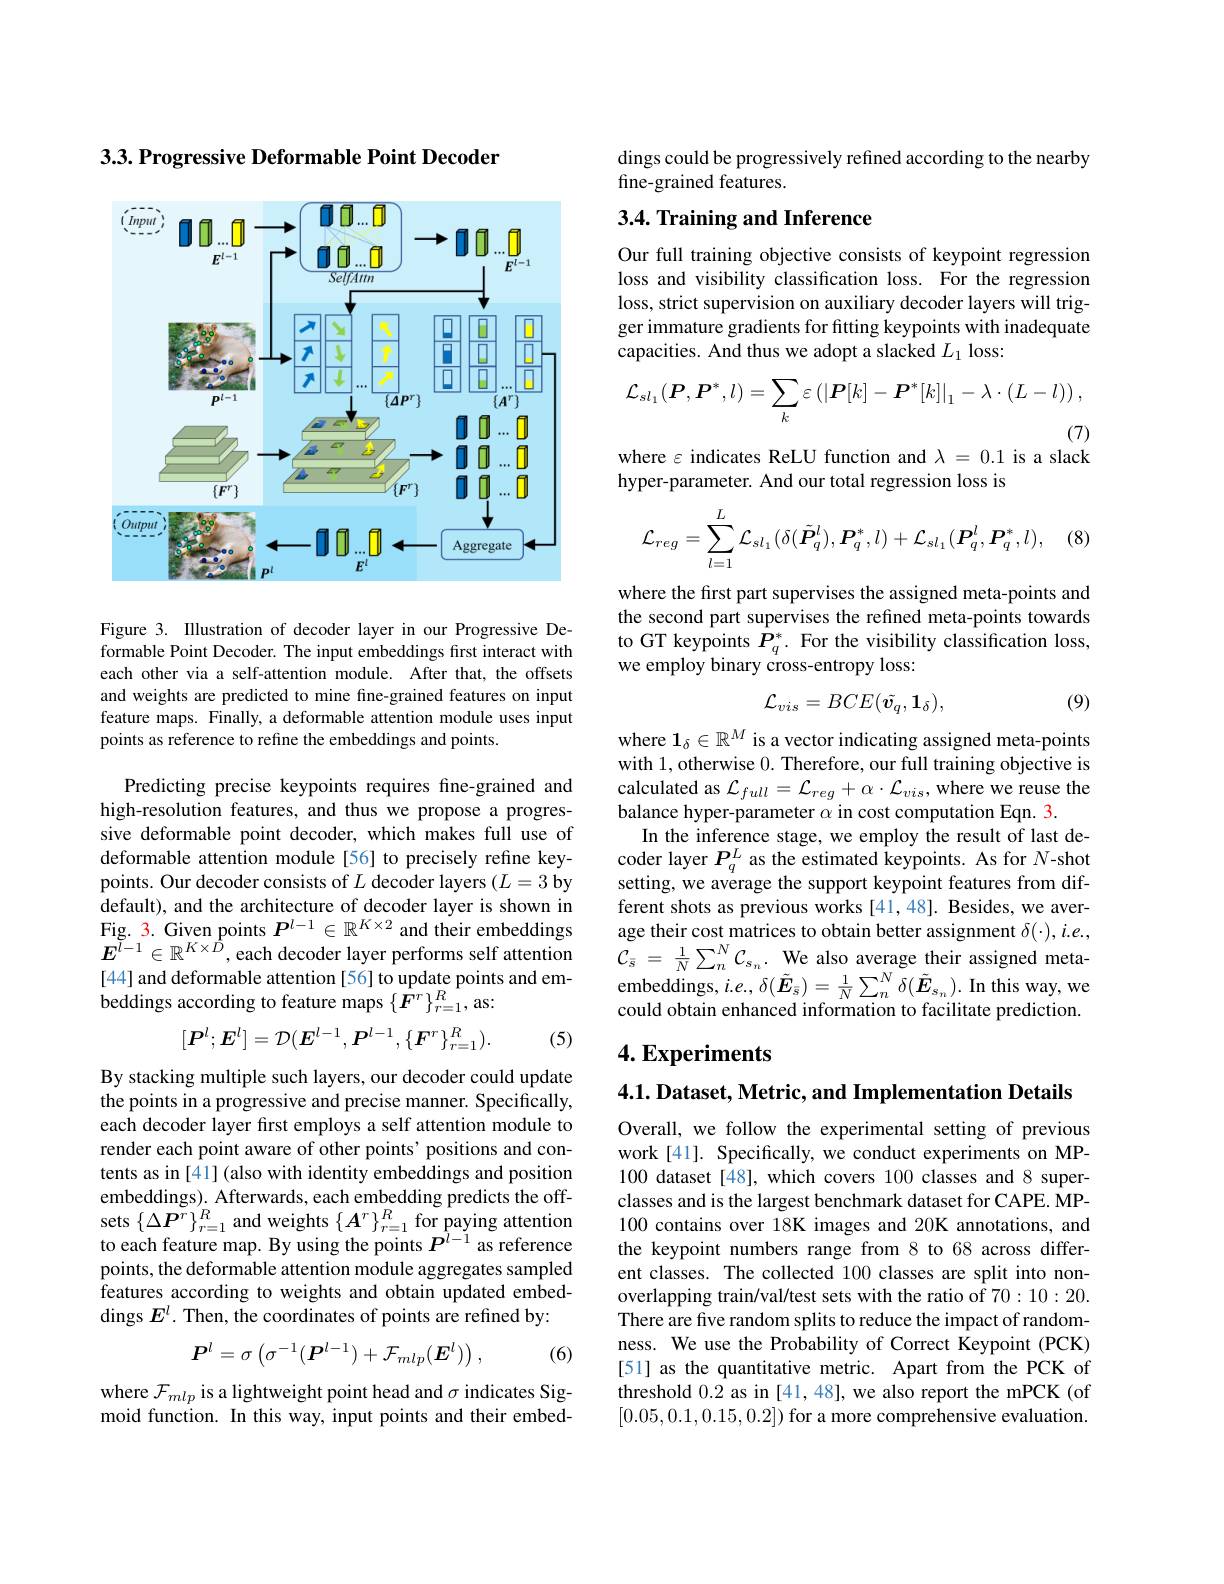
$3. 3. \textbf{Progressive Deformable Point Decoder}$

<FigureHere>

Figure 3. Illustration of decoder layer in our Progressive Deformable Point Decoder. The input embeddings first interact with each other via a self-attention module. After that, the offsets and weights are predicted to mine fine-grained features on input feature maps. Finally, a deformable attention module uses input points as reference to refine the embeddings and points.

Predicting precise keypoints requires fine-grained and high-resolution features, and thus we propose a progressive deformable point decoder, which makes full use of deformable attention module[56] to precisely refine keypoints. Our decoder consists of $L$ decoder layers $(L=3$ by default), and the architecture of decoder layer is shown in Fig. 3. Given points $P^l-1\in\mathbb{R}^{K\times2}$ and their embeddings $\boldsymbol{E}^{\breve{l}-1}\in\mathbb{R}^{K\times\dot{D}}$,each decoder layer performs self attention [44] and deformable attention [56] to update points and embeddings according to feature maps $\{\hat{F}^r\}_{r=1}^R$, as:
$$[\boldsymbol{P}^l;\boldsymbol{E}^l]=\mathcal{D}(\boldsymbol{E}^{l-1},\boldsymbol{P}^{l-1},\{\boldsymbol{F}^r\}_{r=1}^R).$$
(5)

By stacking multiple such layers, our decoder could update the points in a progressive and precise manner. Specifically, each decoder layer first employs a self attention module to render each point aware of other points' positions and contents as in [41] (also with identity embeddings and position embeddings). Afterwards, each embedding predicts the offsets $\{\Delta\boldsymbol{P}^{r}\}_{r=1}^{R}$ and weights $\{\boldsymbol A^{r}\}_{r=1}^{R}$ for paying attention to each feature map. By using the points $P^{\hat{l}-1}$ as reference points, the deformable attention module aggregates sampled features according to weights and obtain updated embeddings $E^l.$ Then, the coordinates of points are refined by:
$$\boldsymbol{P}^l=\sigma\left(\sigma^{-1}(\boldsymbol{P}^{l-1})+\mathcal{F}_{mlp}(\boldsymbol{E}^l)\right),$$
(6)

where $\mathcal{F}_mlp$ is a lightweight point head and $\sigma$ indicates Sigmoid function. In this way, input points and their embed-

dings could be progressively refined according to the nearby
fine-grained features.

## 3.4. Training and Inference

Our full training objective consists of keypoint regression loss and visibility classification loss. For the regression loss, strict supervision on auxiliary decoder layers will trigger immature gradients for fitting keypoints with inadequate capacities. And thus we adopt a slacked $L_1$ loss:
$$\mathcal{L}_{sl_1}(\boldsymbol{P},\boldsymbol{P}^*,l)=\sum_k\varepsilon\left(|\boldsymbol{P}[k]-\boldsymbol{P}^*[k]|_1-\lambda\cdot(L-l)\right),$$
(7)

where $\varepsilon$ indicates ReLU function and $\lambda=0.1$ is a slack
hyper-parameter. And our total regression loss is

(8)
$$\mathcal{L}_{reg}=\sum\limits_{l=1}^{L}\mathcal{L}_{sl_1}(\delta(\tilde{\boldsymbol{P}}_q^l),\boldsymbol{P}_q^*,l)+\mathcal{L}_{sl_1}(\boldsymbol{P}_q^l,\boldsymbol{P}_q^*,l),$$
where the first part supervises the assigned meta-points and the second part supervises the refined meta-points towards to GT keypoints $\hat{P}_{q}^{*}.$ For the visibility classification loss, we employ binary cross-entropy loss:

(9)
$$\mathcal{L}_{vis}=BCE(\tilde{\boldsymbol{v}_{q}},\mathbf{1}_{\delta}),$$
where $\mathbf{1}_\delta\in\mathbb{R}^M$ is a vector indicating assigned meta-points with 1, otherwise 0. Therefore, our full training objective is calculated as $\mathcal{L}_full=\mathcal{L}_{reg}+\alpha\cdot\mathcal{L}_{vis}$,where we reuse the balance hyper-parameter $\alpha$ in cost computation Eqn. 3.
In the inference stage, we employ the result of last decoder layer $P_q^L$ as the estimated keypoints. As for $N$-shot setting, we average the support keypoint features from different shots as previous works [41,48]. Besides, we average their cost matrices to obtain better assignment $\delta(\cdot),i.e.$, $\mathcal{C} _{\bar{s} }$ = $\frac 1N\sum _{n}^{N}\mathcal{C} _{s_{n}}.$ We also average their assigned meta-embeddings, $i. e. , \delta ( \tilde{E} _{\bar{s} }) = \frac 1N\sum _{n}^{N}\delta ( \tilde{E} _{s_{n}}) .$In this way, we could obtain enhanced information to facilitate prediction.

## $4. \textbf{Experiments}$

4.1. Dataset, Metric, and Implementation Details

Overall, we follow the experimental setting of previous work [41]. Specifically, we conduct experiments on MP- 100 dataset [48], which covers 100 classes and 8 superclasses and is the largest benchmark dataset for CAPE. $\hat{\mathrm{MP-}}$ 100 contains over 18K images and 20K annotations, and the keypoint numbers range from 8 to 68 across different classes. The collected 100 classes are split into nonoverlapping train/val/test sets with the ratio of 70:10:20. There are five random splits to reduce the impact of randomness. We use the Probability of Correct Keypoint (PCK) [51] as the quantitative metric. Apart from the PCK of threshold 0.2 as in [41,48], we also report the mPCK(of [0.05,0.1,0.15,0.2]) for a more comprehensive evaluation.